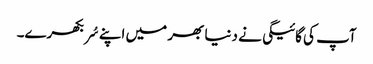
آپ کی گائیگی نے دنیا بھر میں اپنے سُر بکھرے۔